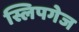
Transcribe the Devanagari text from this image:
स्लिपगेज